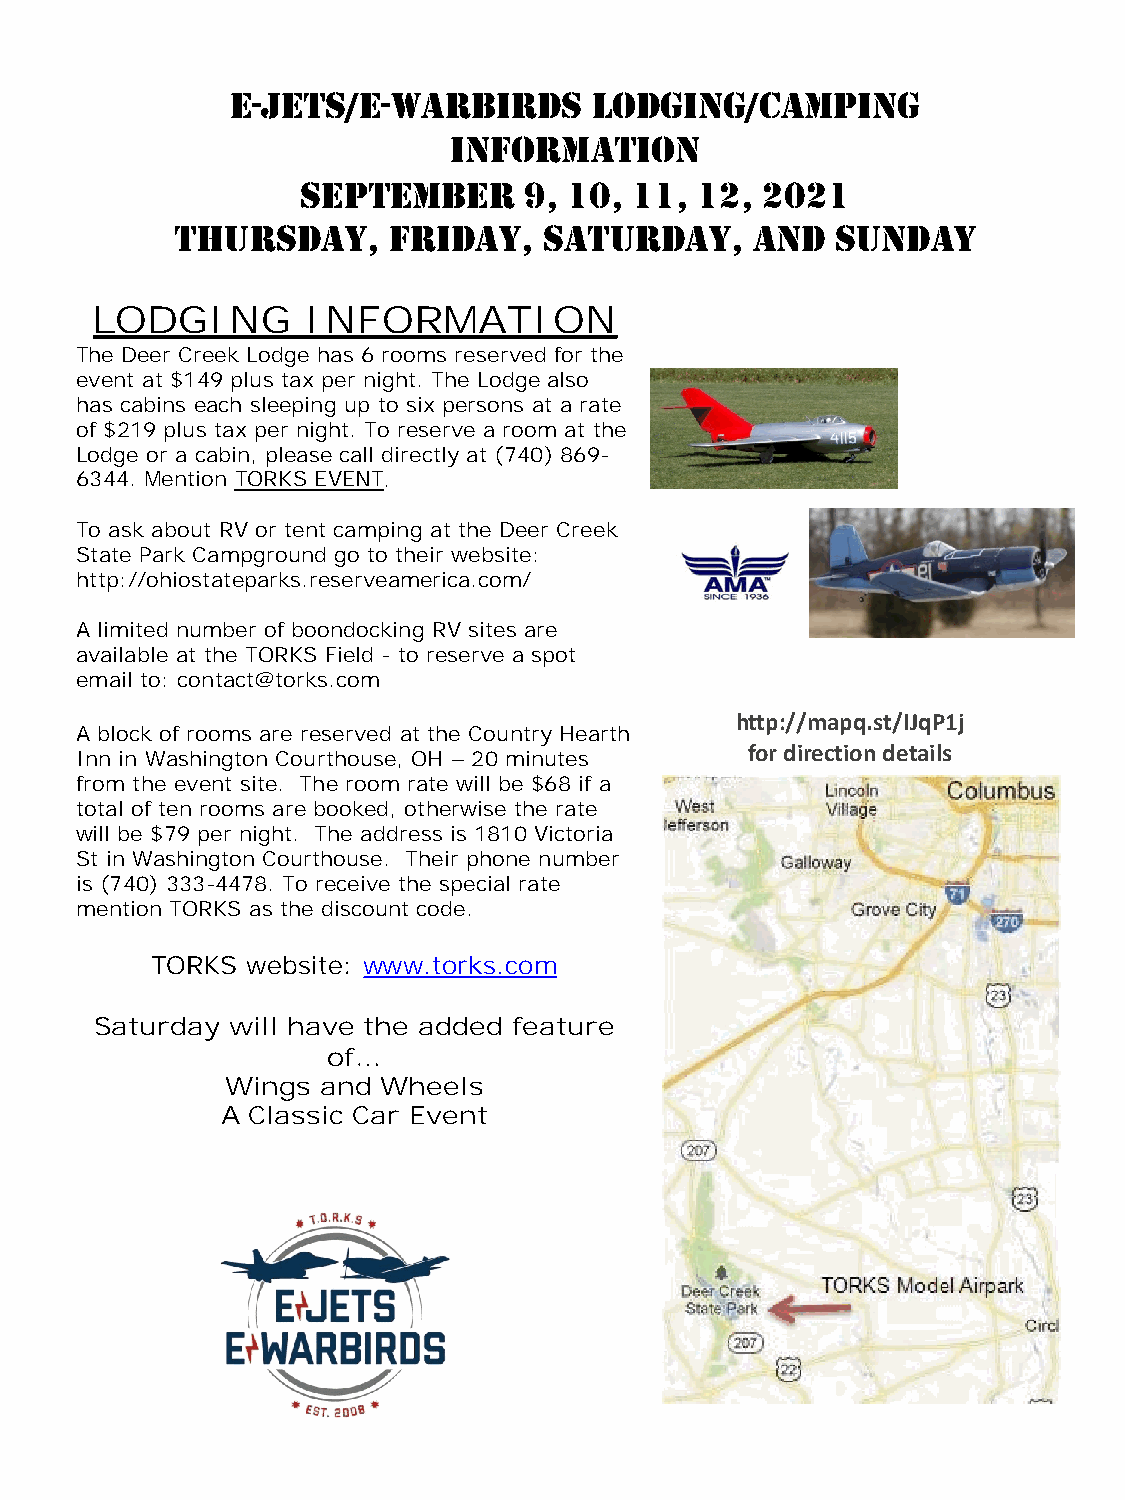
E-JETS/E-WARBIRDS       LODGING/CAMPING
 INFORMATION
 SEPTEMBER      9, 10, 11, 12,  2021
 THURSDAY,      FRIDAY,   SATURDAY,     AND  SUNDAY
 LODGING       INFORMATION
 The Deer Creek Lodge has 6 rooms reserved for the
 event at $149 plus tax per night. The Lodge also
 has cabins each sleeping up to six persons at a rate
 of $219 plus tax per night. To reserve a room at the
 Lodge or a cabin, please call directly at (740) 869-
 6344. Mention TORKS EVENT.
 To ask about RV or tent camping at the Deer Creek
 State Park Campground go to their website:
 http://ohiostateparks.reserveamerica.com/
 A limited number of boondocking RV sites are
 available at the TORKS Field - to reserve a spot
 email to: contact@torks.com
 http://mapq.st/IJqP1j
 A block of rooms are reserved at the Country Hearth
 for direction details
 Inn in Washington Courthouse, OH – 20 minutes
 from the event site. The room rate will be $68 if a
 total of ten rooms are booked, otherwise the rate
 will be $79 per night. The address is 1810 Victoria
 St in Washington Courthouse. Their phone number
 is (740) 333-4478. To receive the special rate
 mention TORKS as the discount code.
 TORKS website: www.torks.com
 Saturday will have the added feature
 of…
 Wings and Wheels
 A Classic Car Event